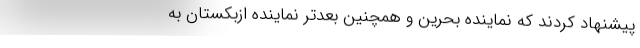
پیشنهاد کردند که نماینده بحرین و همچنین بعدتر نماینده ازبکستان به